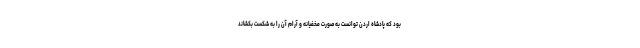
بود که پادشاه اردن توانست به صورت مخفیانه و آرام آن را به شکست بکشاند